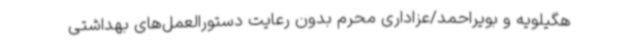
هگیلویه و بویراحمد/عزاداری محرم بدون رعایت دستورالعمل‌های بهداشتی